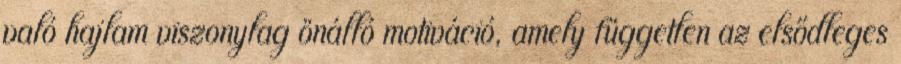
való hajlam viszonylag önálló motiváció, amely független az elsődleges